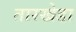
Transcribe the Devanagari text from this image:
तारखेडा